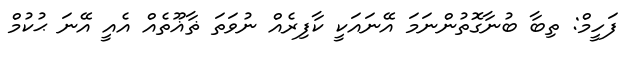
ފަހީމް: ތިބާ ބުނާގޮތުންނަމަ އޭނައަކީ ކާފިރެއް ނުވަތަ ޡާޣޫތެއް އެއީ އޭނަ ޙުކުމް